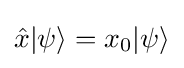
{\hat {x}}|\psi \rangle =x_{0}|\psi \rangle